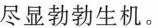
尽显勃勃生机。